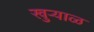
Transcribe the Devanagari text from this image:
खुऱ्याळ